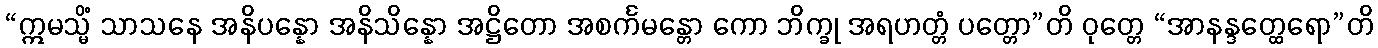
“ဣမသ္မိံ သာသနေ အနိပန္နော အနိသိန္နော အဋ္ဌိတော အစင်္ကမန္တော ကော ဘိက္ခု အရဟတ္တံ ပတ္တော”တိ ဝုတ္တေ “အာနန္ဒတ္ထေရော”တိ